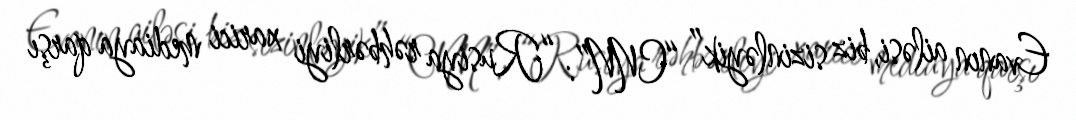
Evanın ailəsi, biz sizinləyik” “CNN”: “Rusiya rəhbərliyi xarici mediaya qarşı